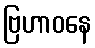
ဗြဟာဝနေ